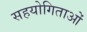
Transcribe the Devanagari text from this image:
सहयोगिताओं